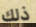
ذلك